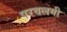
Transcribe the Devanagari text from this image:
परवलयी